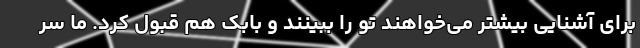
برای آشنایی بیشتر می‌خواهند تو را ببینند و بابک هم قبول کرد. ما سر